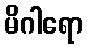
မိဂါရော